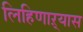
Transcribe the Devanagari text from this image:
लिहिणाऱ्यास